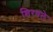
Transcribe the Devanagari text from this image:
शिरवले